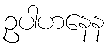
ဥပါဟနေန